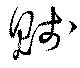
賤